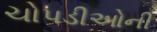
ચોપડીઓની